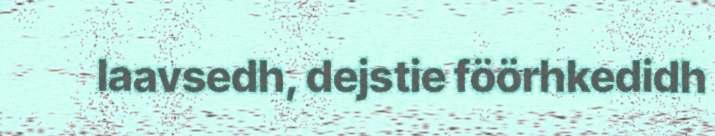
laavsedh, dejstie föörhkedidh